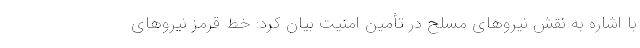
با اشاره به نقش نیروهای مسلح در تأمین امنیت بیان کرد: خط قرمز نیروهای